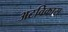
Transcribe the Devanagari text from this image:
अटविकास